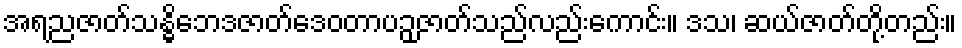
အရညဇာတ်သန္ဓိဘေဒဇာတ်ဒေဝတာပဉှဇာတ်သည်လည်းကောင်း။ ဒသ၊ ဆယ်ဇာတ်တို့တည်း။